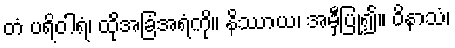
တံ ပရိဝါရံ၊ ထိုအခြံအရံကို။ နိဿာယ၊ အမှီပြု၍။ ဝိနာသံ၊